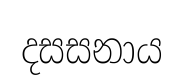
දසසනාය